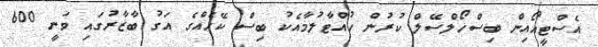
އެސްޓީއޯއިން ބިސްހޯލްސޭލް ކުރުން ހުއްޓާލުމާއެކު ބިސް ކޭހެއްގެ އަގު ބާޒާރުގައި ވަނީ 600